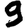
Digit: 9